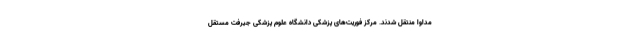
مداوا منتقل شدند. مرکز فوریت‌های پزشکی دانشگاه علوم پزشکی جیرفت مستقل